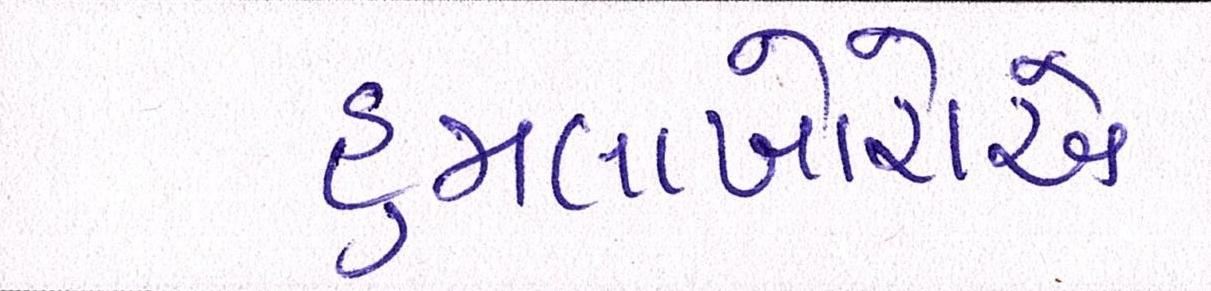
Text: હુમલાખોરોએ